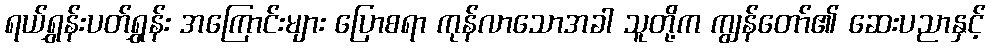
ရယ်ရွှန်းပတ်ရွှန်း အကြောင်းများ ပြောစရာ ကုန်လာသောအခါ သူတို့က ကျွန်တော်၏ ဆေးပညာနှင့်